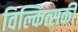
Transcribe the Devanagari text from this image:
विल्कित्सकी